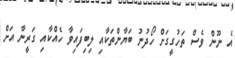
އެ ނޫން ވެސް ތަހުގީގަށް ހޯދުނު ބަޔާންތަކާއި ލިބިފައިވާ ހެއްކާއި ގަރީނާ އަށް